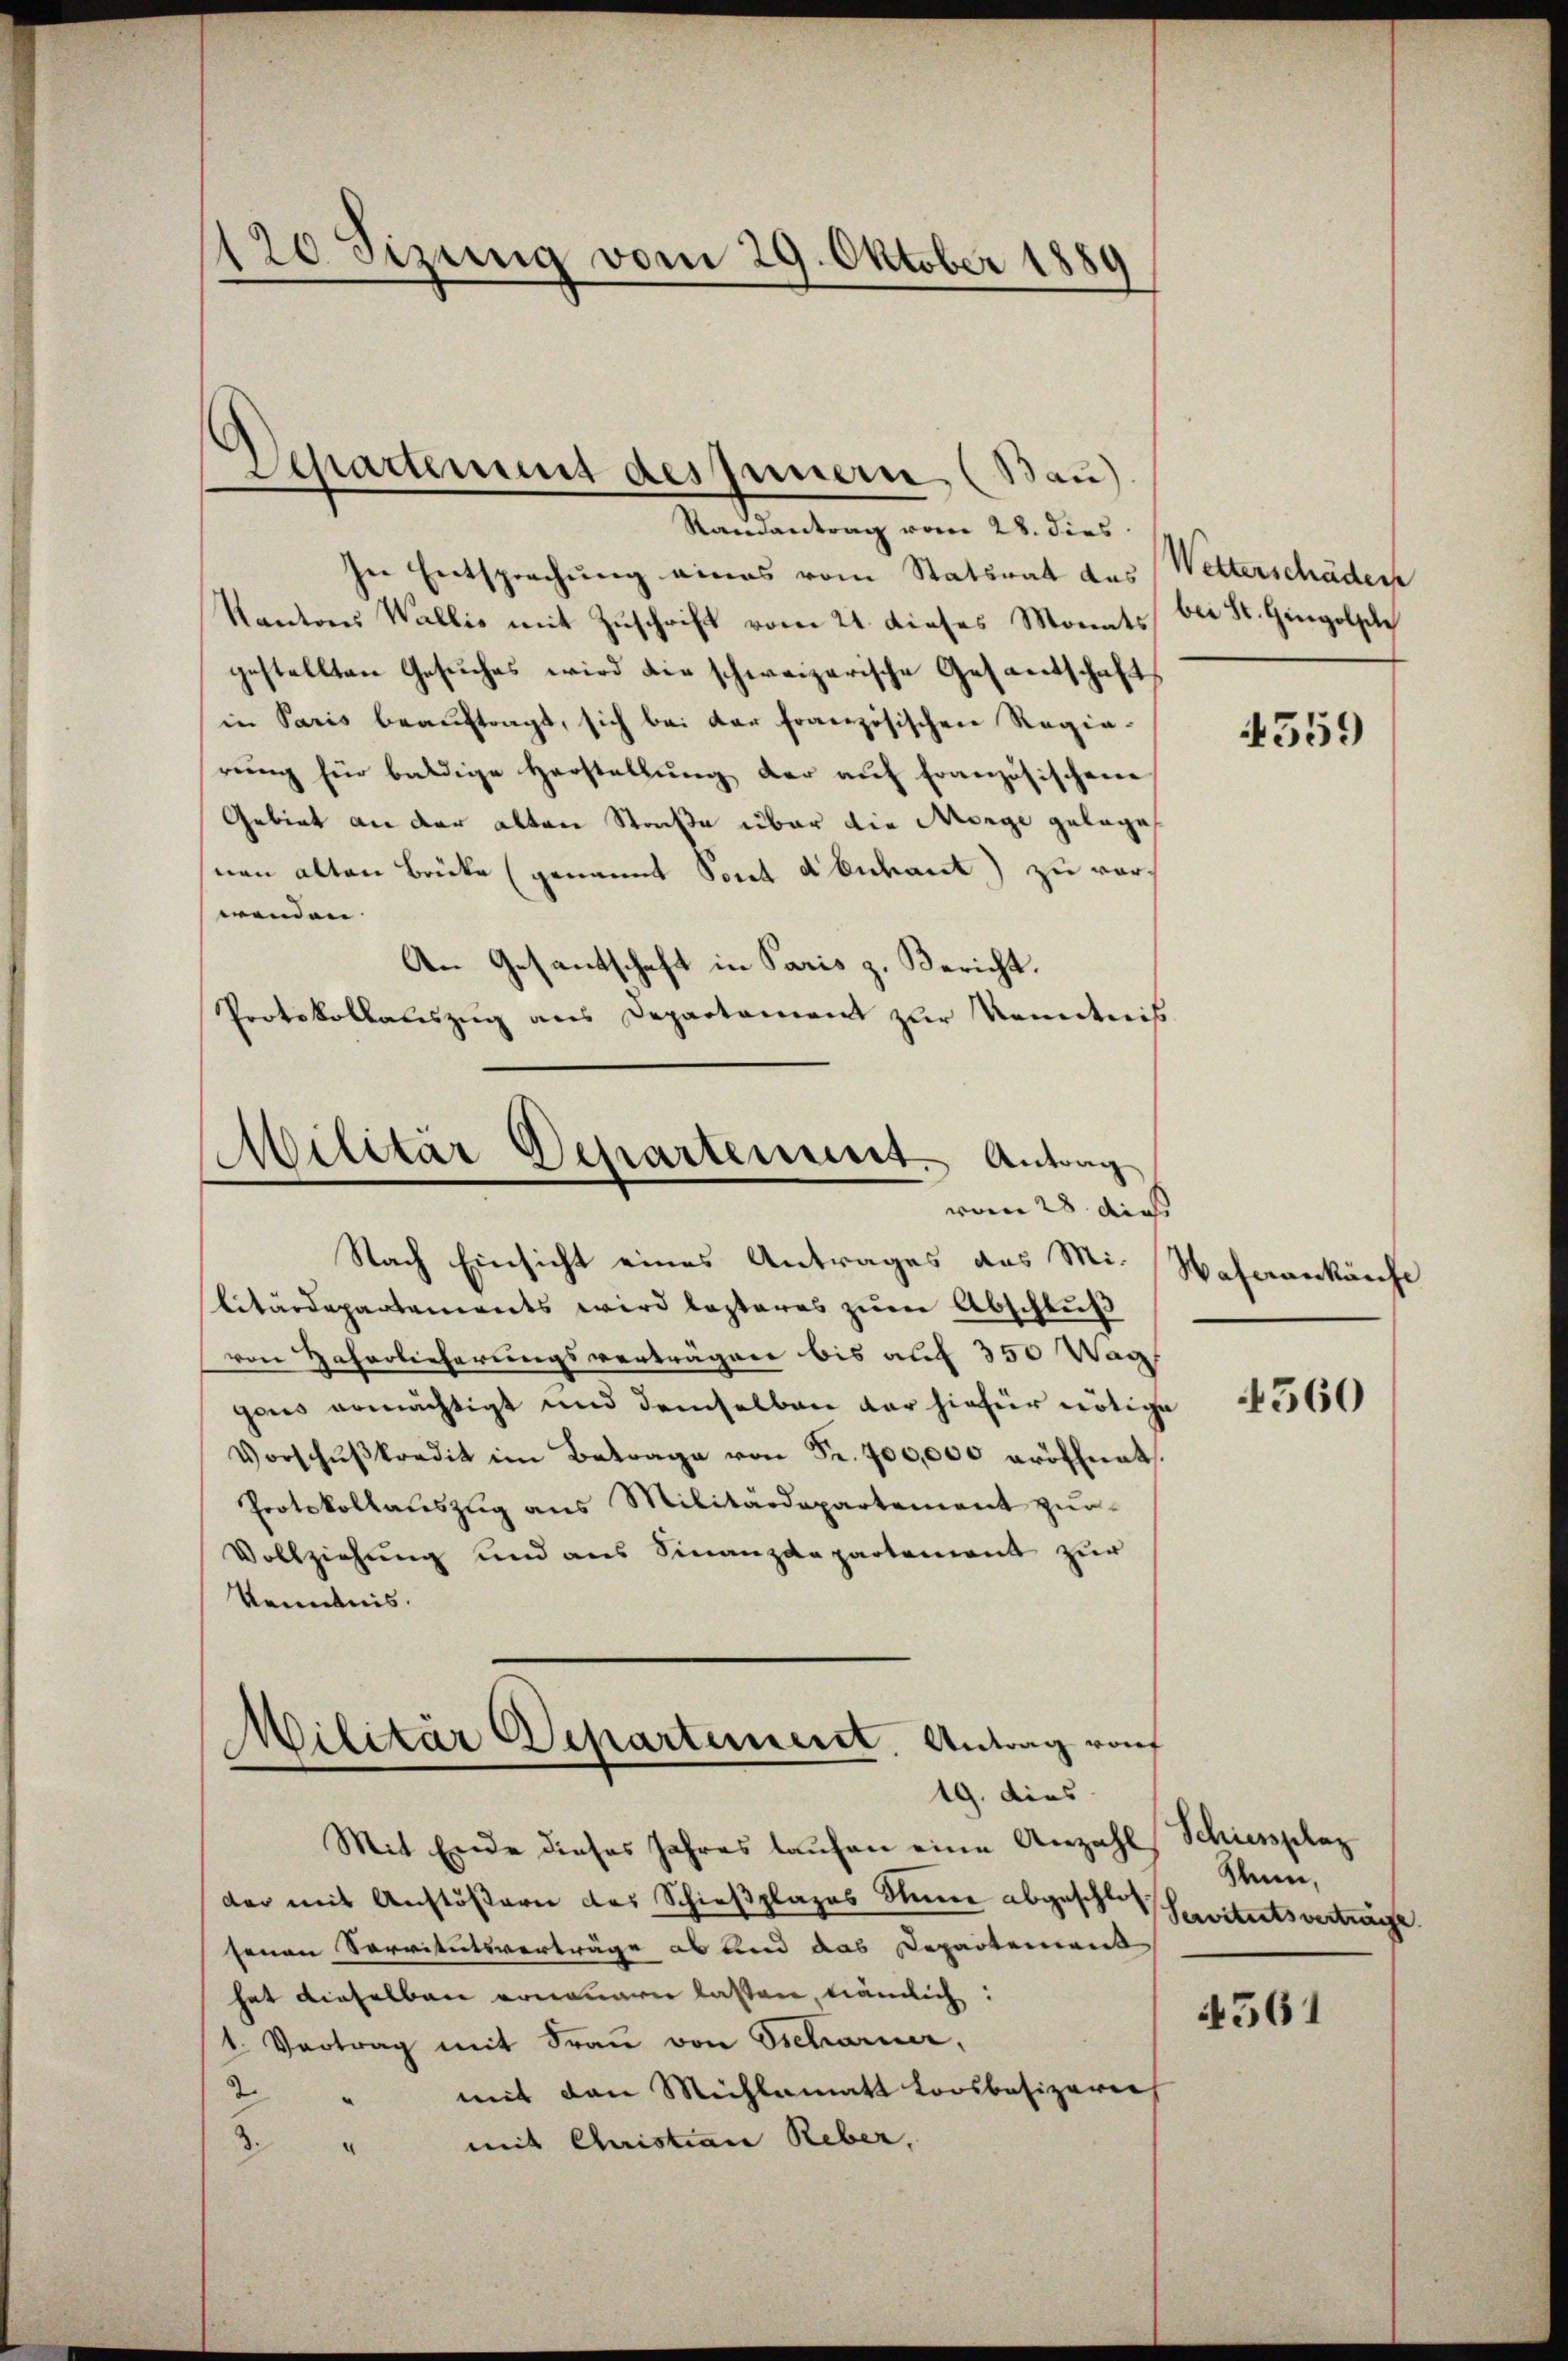
120 sizung vom 29. Oktober 1889

Separtement des Innern (Bau)
Ramantrag vom 28. dies

sie Entsprechung eines vom Statsrat des
Kantons Wallis mit Zuschrift vom 21. dieses Monats
gestellten Gesuches wird die schweizerische Gesantschaft
in Paris beauftragt, sich bei der französischen Regie-
rŭng für baldige Herstellŭng der aŭf französischen
Gebiet an der alten Straße über die Morge gelege
nen alten Brücke (genannt Poret d Euchant) zu verwenden |
An Gesantschaft in Paris z. Bericht.
Protokollauszug aus Departament zur Kenntnis
Militär Departement. Antrag
vom 28. dies |
Nach Einsicht eines Antrages des Mi-
litärdepartements wird lezteres zŭm Abschlŭβ
von Zaherlieferungsvertragen bis auf 350 Wag
gons ermächtigt und demselben der hiefür nötige
Vorschŭβkredit im Betrage von Fr. 700,000 eröffnet.
Protokollaŭszŭg ans Militärdepartement zŭr
Vollziehung und aus Finanzdepartement zur
kenntnis.
Militär Departement. Antrag von

19. dies

Mit Ende dieses Jahres laufen eine Anzahl
der mit Anstößern des Schießplazes Stimme abgeschlos
senen Servitutsverträge ab und das Departement
hat dieselben erneuerer lassen, nämlich:
1. Vertrag mit Frau von Tscharner,
mit den Mühlematt Loosbesizern
2.
mit Quistian Reber,
“
3.

Wetterschäden
bei St. Gingolsche

4359

Waferankäufe

4560

Schiessplaz
Klein,
Servitutsverträge

4561